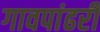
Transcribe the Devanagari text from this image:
गावपांढरी